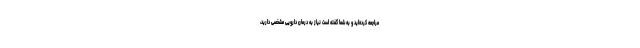
مراجعه کرده‌اید و به شما گفته است نیاز به درمان دارویی مشخصی دارید،